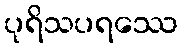
ပုရိသပရဿေ